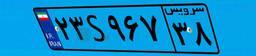
۱۰S۸۹۱۰۱